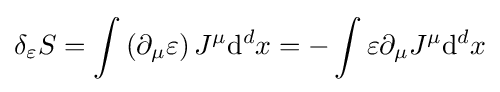
\delta _{\varepsilon }S=\int \left(\partial _{\mu }\varepsilon \right)J^{\mu }\mathrm {d} ^{d}x=-\int \varepsilon \partial _{\mu }J^{\mu }\mathrm {d} ^{d}x